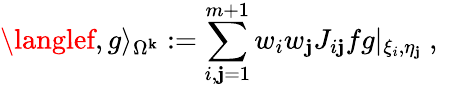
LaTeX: \langlef,g\rangle_{\Omega^{\mathbf{k}}}:=\sum_{i,\mathbf{j}=1}^{m+1}{w_{i}w_{\mathbf{j}}J_{i\mathbf{j}}fg|_{\xi_{i},\eta_{\mathbf{j}}}}\mathrm{{~,~}}